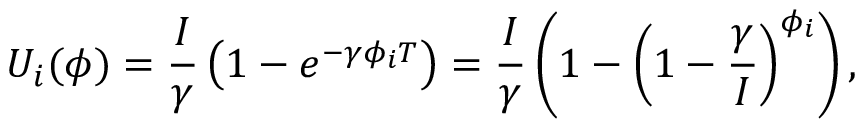
U _ { i } ( \phi ) = \frac { I } { \gamma } \left( 1 - e ^ { - \gamma \phi _ { i } T } \right) = \frac { I } { \gamma } \left( 1 - \left( 1 - \frac { \gamma } { I } \right) ^ { \phi _ { i } } \right) ,